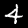
Label: 4